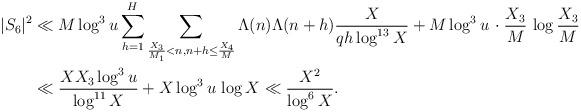
LaTeX: \begin{align*}|S_6|^2 &\ll M \log^3 u \sum_{h=1}^H \sum_{\frac{X_3}{M_1} < n, n+h \leq \frac{X_4}{M}} \Lambda(n) \Lambda(n+h) \frac{X}{qh \log^{13}X} + M \log^3 u \, \cdot \frac{X_3}{M} \, \log \frac{X_3}{M} \\&\ll \frac{X X_3 \log^3 u}{\log^{11} X} + X \log^3 u \, \log X \ll \frac{X^2}{\log^6 X}. \end{align*}